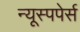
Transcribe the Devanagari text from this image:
न्यूस्पपेर्स